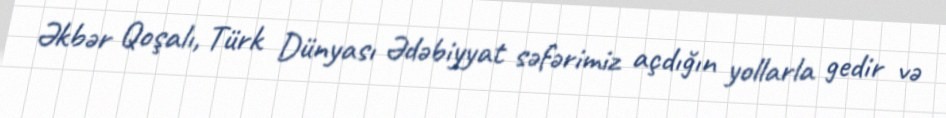
Əkbər Qoşalı, Türk Dünyası Ədəbiyyat səfərimiz açdığın yollarla gedir və